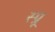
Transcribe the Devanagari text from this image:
स्प्रू